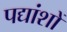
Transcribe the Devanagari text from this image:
पद्यांशों